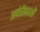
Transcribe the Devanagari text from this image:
अमेरिकाओं